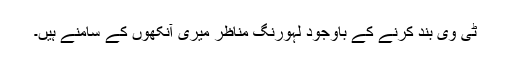
ٹی وی بند کرنے کے باوجود لہورنگ مناظر میری آنکھوں کے سامنے ہیں۔